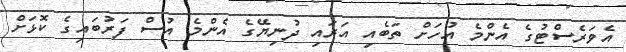
އެވަރެސްޓުގެ އެންމެ އުހަށް ތަބެއި އަރައި ދުނިޔޭގެ އެންމެ އުސް ފަރުބައިގެ ކޮޅަށް